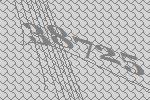
38725